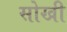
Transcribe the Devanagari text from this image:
सोखी